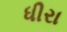
ધીરા